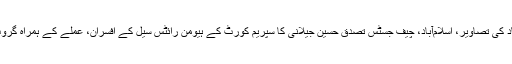
اسلام آباد کی تصاویر، اسلام‌آباد، چیف جسٹس تصدق حسین جیلانی کا سپریم کورٹ کے ہیومن رائٹس سیل کے افسران، عملے کے ہمراہ گروپ فوٹو۔